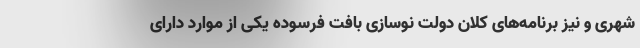
شهری و نیز برنامه‌های کلان دولت نوسازی بافت فرسوده یکی از موارد دارای